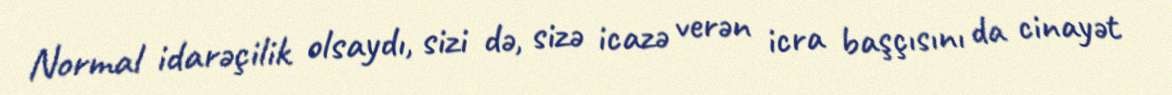
Normal idarəçilik olsaydı, sizi də, sizə icazə verən icra başçısını da cinayət